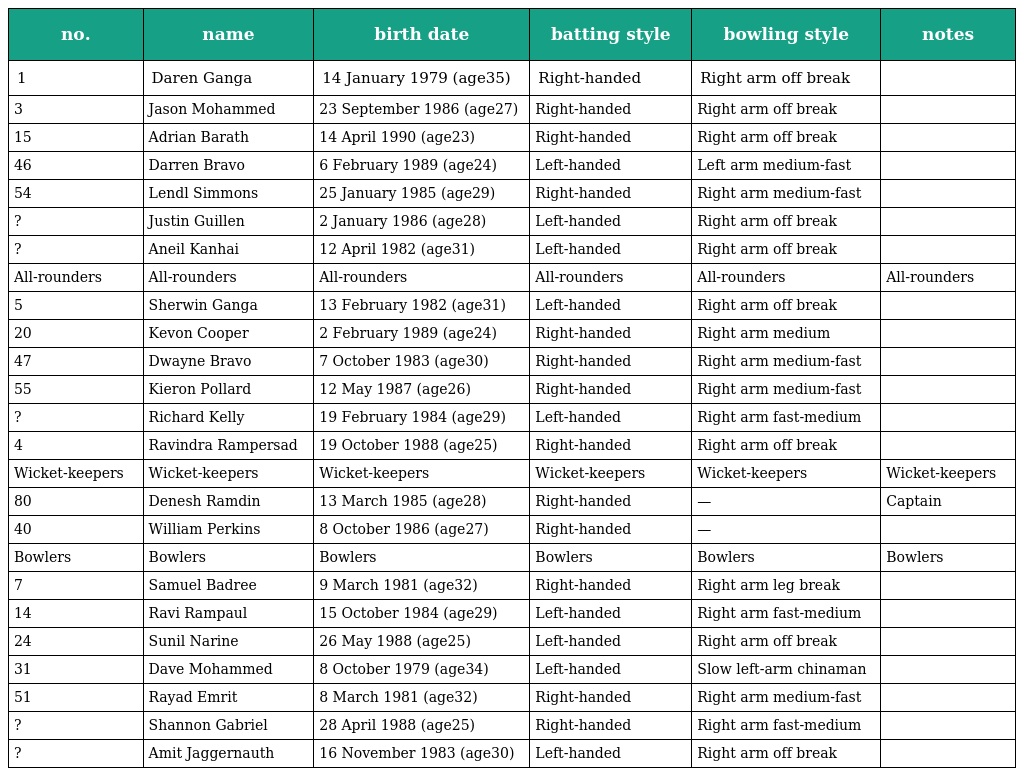
| no. | name | birth date | batting style | bowling style | notes |
 | --- | --- | --- | --- | --- | --- |
 | 1 | Daren Ganga | 14 January 1979 (age35) | Right-handed | Right arm off break |  |
 | 3 | Jason Mohammed | 23 September 1986 (age27) | Right-handed | Right arm off break |  |
 | 15 | Adrian Barath | 14 April 1990 (age23) | Right-handed | Right arm off break |  |
 | 46 | Darren Bravo | 6 February 1989 (age24) | Left-handed | Left arm medium-fast |  |
 | 54 | Lendl Simmons | 25 January 1985 (age29) | Right-handed | Right arm medium-fast |  |
 | ? | Justin Guillen | 2 January 1986 (age28) | Left-handed | Right arm off break |  |
 | ? | Aneil Kanhai | 12 April 1982 (age31) | Left-handed | Right arm off break |  |
 | All-rounders | All-rounders | All-rounders | All-rounders | All-rounders | All-rounders |
 | 5 | Sherwin Ganga | 13 February 1982 (age31) | Left-handed | Right arm off break |  |
 | 20 | Kevon Cooper | 2 February 1989 (age24) | Right-handed | Right arm medium |  |
 | 47 | Dwayne Bravo | 7 October 1983 (age30) | Right-handed | Right arm medium-fast |  |
 | 55 | Kieron Pollard | 12 May 1987 (age26) | Right-handed | Right arm medium-fast |  |
 | ? | Richard Kelly | 19 February 1984 (age29) | Left-handed | Right arm fast-medium |  |
 | 4 | Ravindra Rampersad | 19 October 1988 (age25) | Right-handed | Right arm off break |  |
 | Wicket-keepers | Wicket-keepers | Wicket-keepers | Wicket-keepers | Wicket-keepers | Wicket-keepers |
 | 80 | Denesh Ramdin | 13 March 1985 (age28) | Right-handed | — | Captain |
 | 40 | William Perkins | 8 October 1986 (age27) | Right-handed | — |  |
 | Bowlers | Bowlers | Bowlers | Bowlers | Bowlers | Bowlers |
 | 7 | Samuel Badree | 9 March 1981 (age32) | Right-handed | Right arm leg break |  |
 | 14 | Ravi Rampaul | 15 October 1984 (age29) | Left-handed | Right arm fast-medium |  |
 | 24 | Sunil Narine | 26 May 1988 (age25) | Left-handed | Right arm off break |  |
 | 31 | Dave Mohammed | 8 October 1979 (age34) | Left-handed | Slow left-arm chinaman |  |
 | 51 | Rayad Emrit | 8 March 1981 (age32) | Right-handed | Right arm medium-fast |  |
 | ? | Shannon Gabriel | 28 April 1988 (age25) | Right-handed | Right arm fast-medium |  |
 | ? | Amit Jaggernauth | 16 November 1983 (age30) | Left-handed | Right arm off break |  |